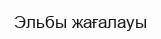
Эльбы жағалауы